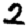
Digit: 2